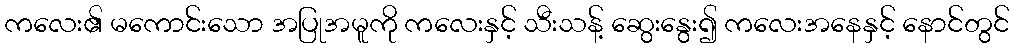
ကလေး၏ မကောင်းသော အပြုအမူကို ကလေးနှင့် သီးသန့် ဆွေးနွေး၍ ကလေးအနေနှင့် နောင်တွင်